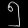
Digit: ၅